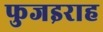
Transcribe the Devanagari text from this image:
फुजइराह